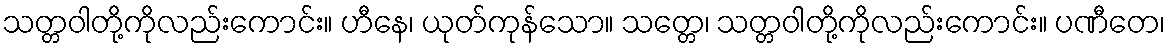
သတ္တဝါတို့ကိုလည်းကောင်း။ ဟီနေ၊ ယုတ်ကုန်သော။ သတ္တေ၊ သတ္တဝါတို့ကိုလည်းကောင်း။ ပဏီတေ၊